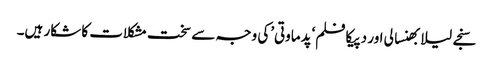
سنجے لیلا بھنسالی اور دپیکا فلم‘پدماوتی’کی وجہ سے سخت مشکلات کا شکار ہیں۔